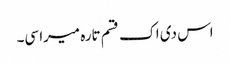
اس دی اک قسم تارہ میرا سی۔